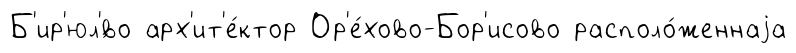
Б'ир'юл'́во арх'ит'е́ктор Ор'е́хово-Бор'исово располо́женнаjа